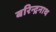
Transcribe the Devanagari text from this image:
बरिन्द्रनाथ